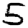
Digit: 5